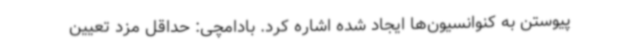
پیوستن به کنوانسیون‌ها ایجاد شده اشاره کرد. بادامچی: حداقل مزد تعیین